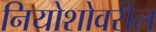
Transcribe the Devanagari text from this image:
नियोशोवरील